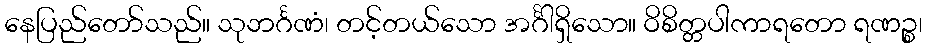
နေပြည်တော်သည်။ သုဘင်္ဂဏံ၊ တင့်တယ်သော အင်္ဂါရှိသော။ ဝိစိတ္တပါကာရတော ရဏဉ္စ၊